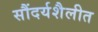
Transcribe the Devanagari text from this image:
सौंदर्यशैलीत